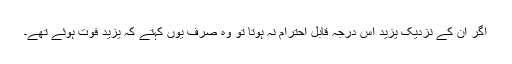
اگر ان کے نزدیک یزید اس درجہ قابلِ احترام نہ ہوتا تو وہ صرف یوں کہتے کہ یزید فوت ہوئے تھے۔